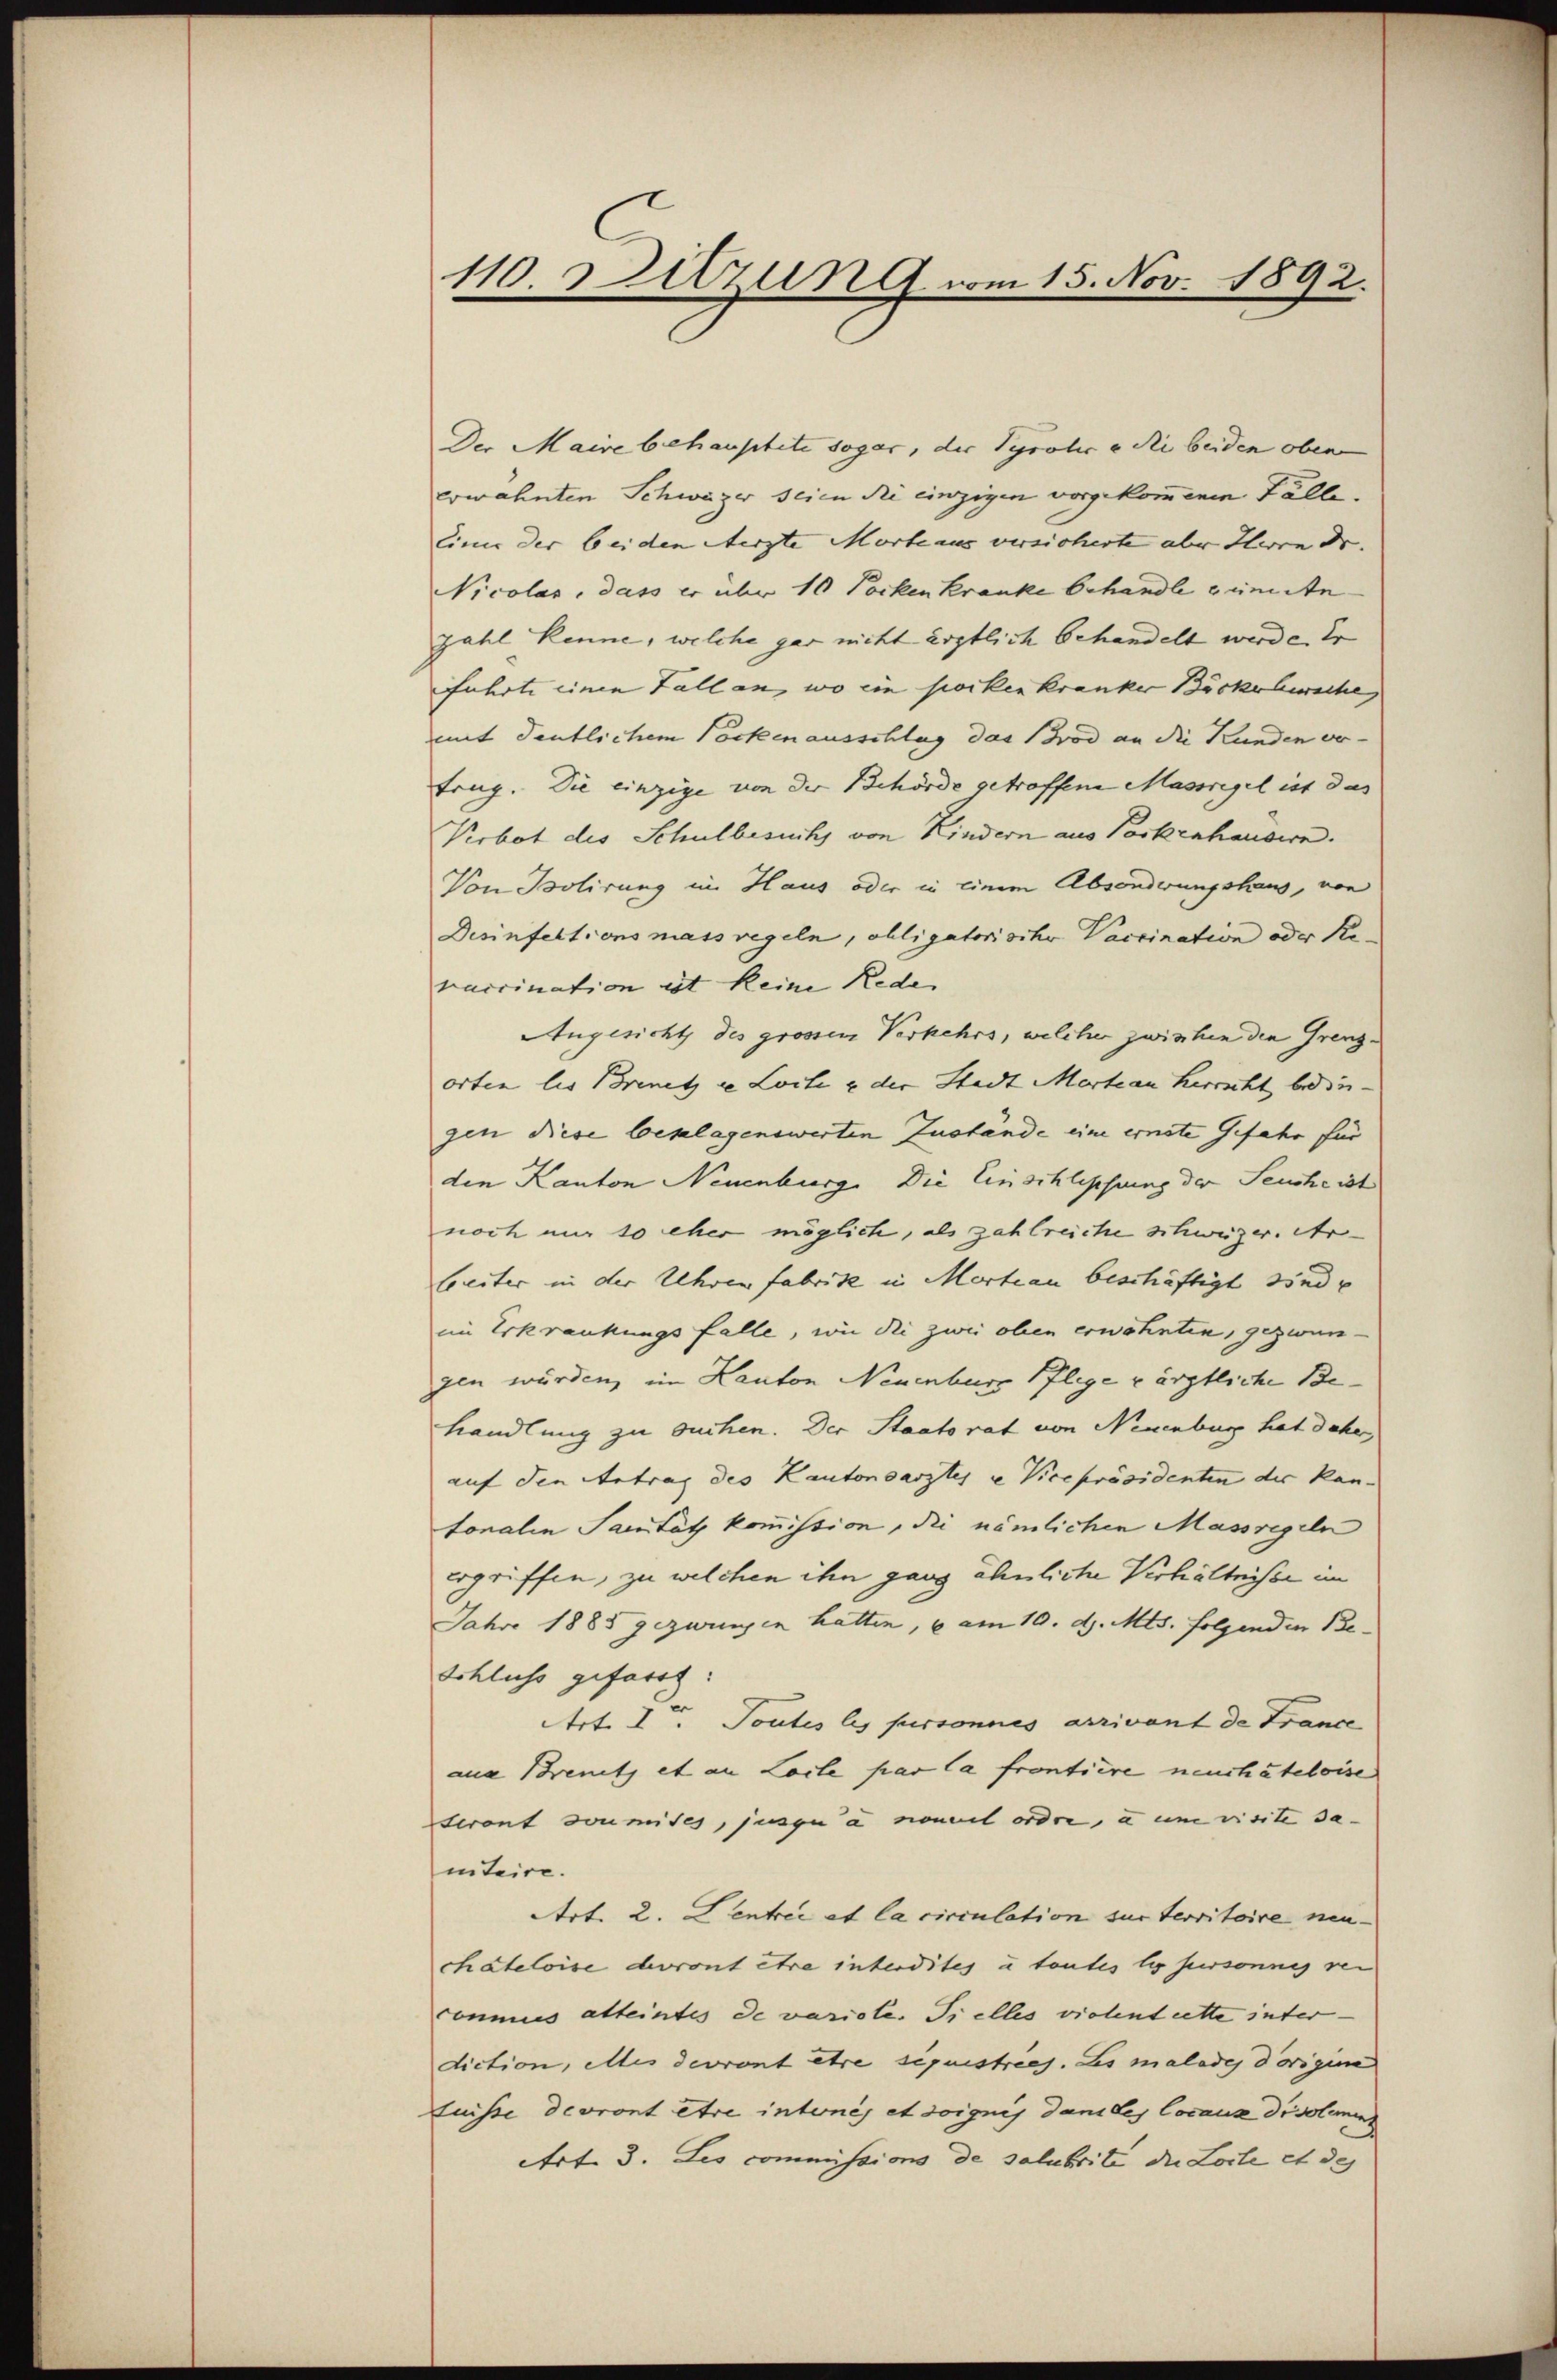
110 Sitzung vom 15. Nov. 1892.

Der Maire behauptete sogar, der Tyrolice die beiden oben
erwähnten Schweizer seien die einzigen vorgekommenen Fälle.
linie der beiden Aerzte Morte aus versicherte aber Herrn Dr. |
Nicolas, dass er über 10 Pocken Kranke behandle ein An
zahl kenne, welche gar nicht ärztlich behandelt werde. Er
führte einen Fall an, wo ein socken kranker Böckehwiche,
mit deutlichem Pockenausschlag das Brod an die Kunden vor-
frug. Sie einzige von der Behörde getroffene Massregel ist das
Verbot des Schulbesuchs von Kindern aus Postenhausern.
Von Bolirung in Haus oder in einem Absenderungshaus, von
Desinfektionsmassregeln, obligatorische Vaccination oder Re-
vaccination ist keine Rede
Angesicht des grossen Verkehrs, welcher zwischen den Grenzorten lis Brinetz in Loite & der Stadt Marte an Herrscht bedingen diese beklagenswerten Zustände eine ernste Gefahr für
den Kanton Neuenburg. Die Einschlipfung der Seuche ist
noch nur so eher möglich, als zahlreiche schweizer. Ar
Creiter in der Uhren fabrike in Martiau beschäftigt sind u
im Erkrankungsfalle, wie die zwei oben erwähnten, gezwun-
gen würden, im Kanton Neuenburg Pflege värztliche Behandlung zu suchen. Der Staatsrat von Neuenburg hat daher,
auf den Antrag des Kantonsarztes u Vicepräsidenten der Kan-
tonalen Sanität kommission, die nämlichen Massregeln
ergriffen, zu welchen ihn ganz ähnliche Verhältnisse im
Jahre 1885 gezwungen hatten, u am 10. d. Mts. folgenden Be-
Schluss gefasst:
Art. I. Toutes les personnes arrivant de France
aue Brenitz et an Lacle par la frontiere neuchâteloise
deront soumises, junge à nommel ordre, an eine visite sa-
itaire.
Art. 2. Lentrée et la circulation zur territoire neu-
chateloise devront etwa interdites u toutes les hiersonnig ver
commes atteintes de varirte. Sielles vielent cette inter-
diction, elles devront être séquestries. Les malade dorigin
fuisse devront ere internis et soignis dans les locaux disolemi
Art. 3. Les commissions de salubrité die Loite et des